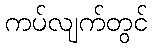
ကပ်လျက်တွင်